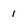
Character: 1